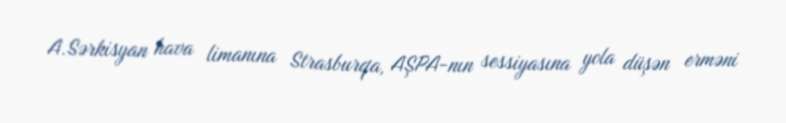
A.Sərkisyan hava limanına Strasburqa, AŞPA-nın sessiyasına yola düşən erməni